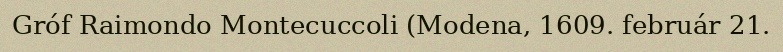
Gróf Raimondo Montecuccoli (Modena, 1609. február 21.